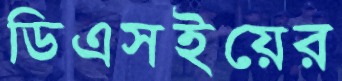
ডিএসইয়ের